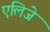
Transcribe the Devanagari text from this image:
एलिजे